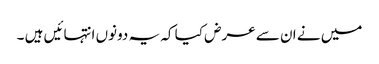
میں نے ان سے عرض کیا کہ یہ دونوں انتہائیں ہیں ۔